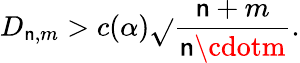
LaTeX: D_{\mathsf{n},m}>c(\alpha){\sqrt{}{{\frac{{\mathsf{n}+m}}{{\mathsf{n}\cdotm}}}}}.